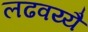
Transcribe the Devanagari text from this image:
लढवय्यै